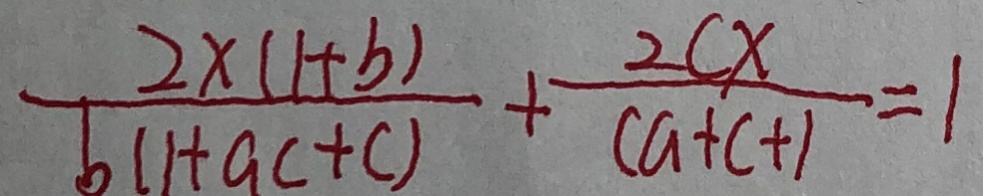
\frac { 2 \times ( 1 + b ) } { b ( 1 + a c + c ) } + \frac { 2 c x } { c a + c + 1 } = 1